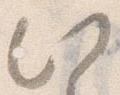
此